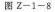
图Z-1-8